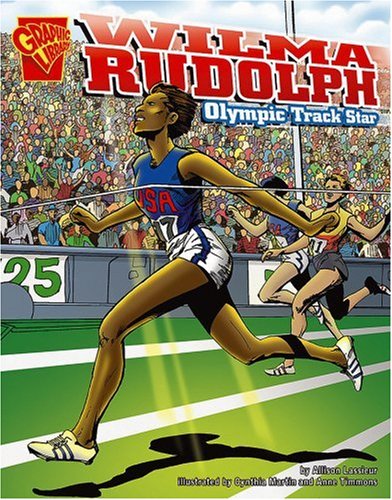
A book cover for Wilma Rudolph: Olympic Track Star (Graphic Biographies); Lee Engfer; Children's Books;